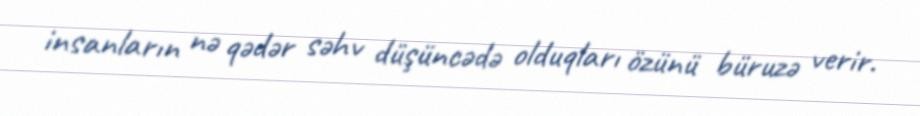
insanların nə qədər səhv düşüncədə olduqları özünü büruzə verir.